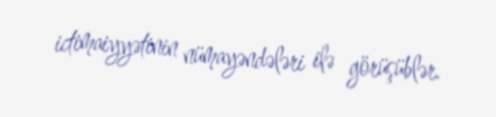
ictimaiyyətinin nümayəndələri ilə görüşüblər.